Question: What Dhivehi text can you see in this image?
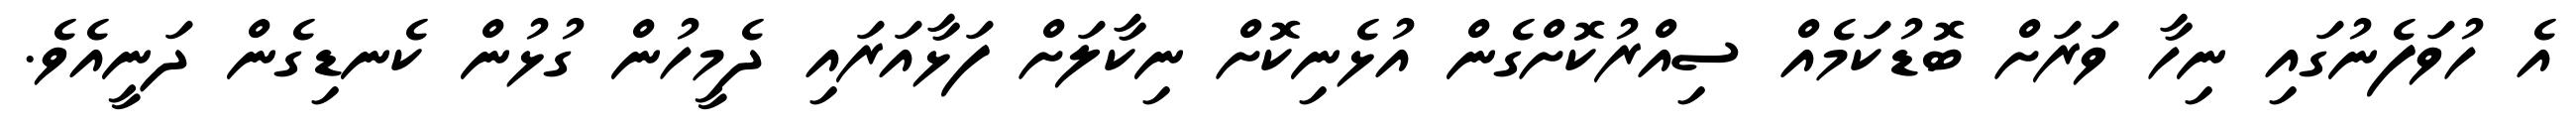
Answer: އެ ހުވަފެނުގައި ނިހާ ވަރަށް ބޮޑުކަމެއް ސިއްރުކޮށްގެން އުޅެނިކޮށް ނިކާލަށް ފަޅާއަރައި ދެމީހުން ގުޅުން ކެނޑިގެން ދަނީއެވެ.